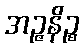
အဉ္ဇနိဉ္စ